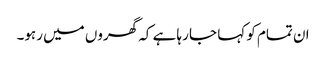
ان تمام کو کہا جا رہا ہے کہ گھروں میں رہو۔